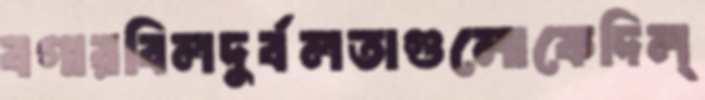
বগারবিলদুর্বলতাগুলোকেদিল্